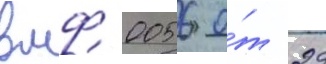
вмф 0056 о́т 29